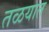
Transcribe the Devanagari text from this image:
तळयात